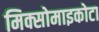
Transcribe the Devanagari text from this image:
मिक्सोमाइकोटा